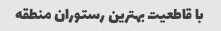
با قاطعیت بهترین رستوران منطقه